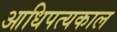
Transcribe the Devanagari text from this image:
आधिपत्यकाल